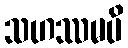
သဟဿမပိ